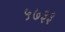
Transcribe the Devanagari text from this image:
५७३३